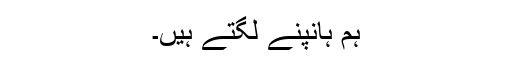
ہم ہانپنے لگتے ہیں۔